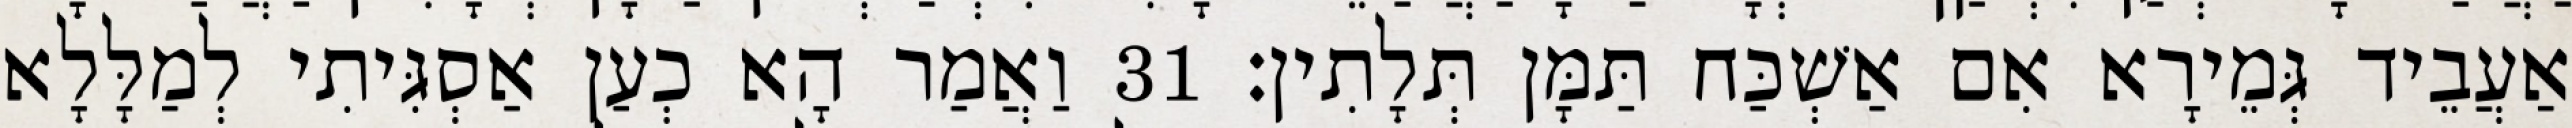
אַעֲבֵיד גְּמֵירָא אִם אַשְׁכַּח תַּמָּן תְּלָתִין׃ 31 וַאֲמַר הָא כְעַן אַסְגִּיתִי לְמַלָּלָא